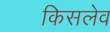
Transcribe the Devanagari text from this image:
किसलेव